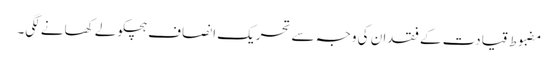
مضبوط قیادت کے فقدان کی وجہ سے تحریک انصاف ہچکولے کھانے لگی۔